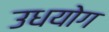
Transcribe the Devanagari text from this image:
उधयोग